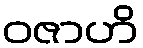
ဝဇာဟိ